Vaccination in the Punjab 1897-1904 - 1897-1904
Year: 1897
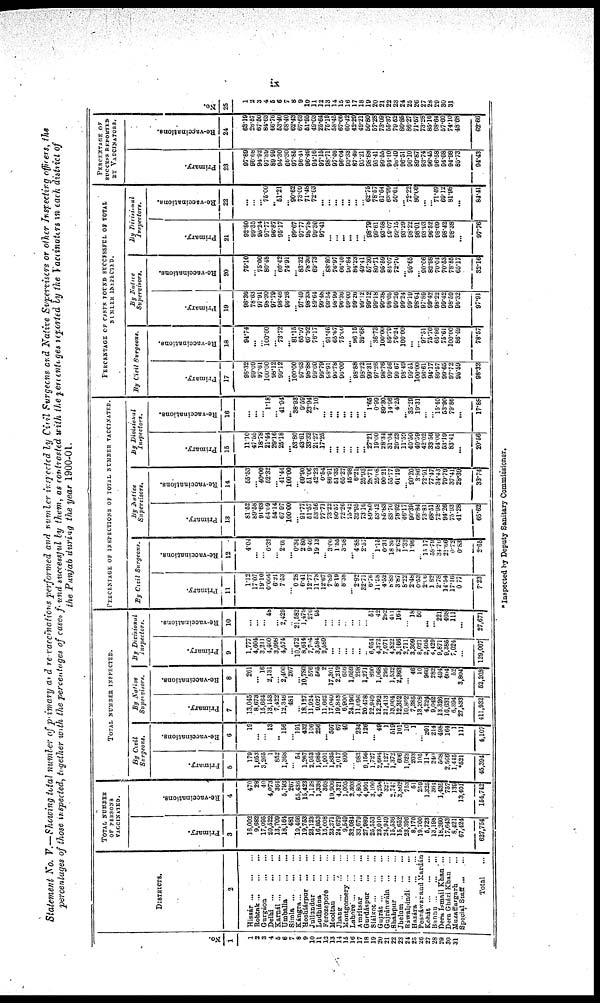
ix
Statement No. V.—Showing total number of primary and re-vaccinations performed and number inspected by Civil Surgeons and Native Supervisors or other Inspecting officers, the
percentages of those inspected, together with the percentages of cases found successful by them, as contrasted with the percentages reported by the Vaccinators in each district of
the Punjab during the year 1900-01.
No.
1
1
2
3
4
5
6
7
8
9
10
11
12
13
14
15
16
17
18
19
20
21
22
23
24
25
26
27
28
29
30
31
DISTRICTS.
2
Hissár
...
...
...
Rohtak
...
...
...
Gurgáon ... ... ...
Delhi
...
...
...
Karnál
...
...
...
Umballa ... ... ...
Simla
...
...
...
Kángra ... ... ...
Hoshiárpur ... ... ...
Jullundur ... ... ...
Ludhiána ... ... ...
Ferozepore ... ... ...
Mooltan
...
...
...
Jhang ... ... ...
Montgomery ... ... ...
Lahore
...
...
...
Amritsar ... ... ...
Gurdáspur ... ... ...
Siálkot
...
...
...
Gujrát
...
...
...
Gujránwála ... ... ...
Shahpur ... ... ...
Jhelum
...
...
...
Rawalpindi ... ... ...
Hazára ... ... ...
Pesháwar and Mardán
Kohát
...
...
...
Bannu
...
...
...
Dera Ismail Khan ...
Dera Gházi Khan
...
Muzaffargarh ... ...
Special Staff ... ...
Total ...
TOTAL NUMBER
OF PERSONS
VACCINATED.
Primary.
3
16,002
9,682
17,095
20,522
13,709
18,164
481
19,466
19,753
28,123
16,853
15,008
23,271
24,629
9,549
32,084
33,679
27,989
25,553
23,010
24,949
15,536
15,652
23,396
8,170
19,760
5,723
13,198
18,260
17,643
8,421
67,424
627,754
Re-vaccinations.
4
470
28
40
4,073
364
5,793
267
55,436
15,423
1,128
1,338
368
19,906
4,321
1,005
2,303
4,800
4,901
3,100
4,258
327
2,747
3,862
753
51
259
1,325
364
1,435
757
139
13,401
154,742
TOTAL NUMBER INSPECTED.
By Civil
Surgeons.
Primary.
5
179
1,653
3,265
1
852
1,368
... 54
1,267
2,953
1,985
1,901
1,835
2,017
800
... 983
9,156
1,727
2,664
1,127
1,372
606
1,923
203
105
118
240
508
2,566
1,445
*521
45,394
Re-vaccinations.
6
19
...
... 13
... 156
... 191
432
106
256
... 597
67
40
... 234
126
... 49
1
519
101
10
11
... 201
214
498
164
1
111
4,107
By Native
Supervisors.
Primary.
7
13,045
8,673
15,664
13,153
7,422
12,346
481
... 18,127
11,924
9,027
11,662
17,040
19,843
6,900
24,196
11,096
20,478
22,949
12,292
21,413
13,004
12,352
10,802
7,385
13,208
4,224
9,042
13,326
16,631
6,394
27,833
411,932
Re-vaccinations.
8
261
...
16
2,131
... 2,400
267
... 10,780
576
565
2
17,301
2,219
656
1,059
298
1,271
890
1,068
295
1,532
2,363
... 46
10
966
282
494
604
52
3,804
52,208
By Divisional
Inspectors.
Primary.
9
1,777
4,604
3,211
4,400
3,998
4,574
... 10,472
8,614
7,704
3,584
2,589
...
...
...
... ...
... 6,954
4,372
7,071
4,822
3,166
2,711
3,309
8,021
2,405
4,429
9,871
9,385
7,024
...
129,067
Re-vaccinations.
10
...
...
... 48
... 2,429
... 21,582
l,479
270
95
...
...
...
...
...
...
... 51
42
292
411
164
... 18
50
...
... 221
408
111
...
27,671
PERCENTAGE OF INSPECTIONS OF TOTAL NUMBER VACCINATED.
By Civil Surgeons.
Primary.
11
1.12
17.07
19.10
0.004
6.21
7.53
... 0.28
6.41
12.77
11.78
12.67
7.89
8.19
8.38
... 2.92
32.71
6.70
11.58
4.52
8.83
3.87
8.22
2.48
0.53
2.06
1.82
2.78
14.54
17.16
0.77
7.23
Re-vaccinations.
12
4.04
...
... 0.32
... 2.69
...
0.34
2.80
9.40
19.13
... 3.00
1.55
3.98
... 4.88
2.57
... l.l5
0.31
18.89
2.62
1.33
1.96
... 15.17
58.79
34.70
21.66
0.72
0.83
2.65
By Native
Supervisors.
Primary.
13
81.52
89.58
91.63
64.09
54.14
67.97
100.00
... 91.77
51.57
53.56
77.71
73.22
80.57
72.26
75.42
32.95
73.16
89.80
53.42
85.83
83.70
78.92
46.17
90.39
66.84
73.81
68.51
72.98
94.26
75.93
41.28
65.62
Re-vaccinations.
14
55.53
... 40.00
52.32
... 41.44
100.00
... 69.90
51.06
42.23
0.54
86.91
51.35
65.27
45.98
6.21
25.93
28.71
25.08
90.21
55.77
61.19
... 90.20
3.86
72.91
77.47
34.43
79.79
37.41
28.39
33.74
By Divisional
Inspectors.
Primary.
15
11.10
47.55
18.78
21.44
29.16
25.18
... 53.80
43.61
33.32
21.27
17.25
...
...
...
... ...
... 27.21
19.00
28.34
31.04
20.23
11.59
40.50
40.59
42.02
33.56
54.06
53.19
83.41
...
20.56
Re-vaccinations.
16
...
... ... 1.18
... 41.94
... 38.93
9.59
23.94
7.10
...
...
...
...
...
...
... 1.65
0.99
89.30
14.96
4.25
...
35.29
19.31
...
... 15.40
53.90
79.86
...
17.88
PERCENTAGE OF CASES FOUND SUCCESSFUL OF TOTAL
NUMBER INSPECTED.
By Civil Surgeons.
Primary.
17
98.32
99.09
97.61
100.00
98.12
99.12
... 100.00
97.63
98.88
99.60
99.79
98.91
96.78
96.00
... 98.88
98.22
99.31
97.26
98.76
99.56
99.67
98.49
99.51
100.00
96.61
94.17
89.57
99.65
97.72
95.59
98.32
Re-vaccinations.
18
94.74
...
... 100.00
... 73.72
... 81.15
65.97
67.92
76.17
... 91.46
65.67
75.00
... 96.15
39.68
... 36.73
100.00
80.79
76.24
100.00
...
... 97.51
75.70
65.86
75.61
100.00
86.49
78.57
By Native
Supervisors.
Primary.
19
98.36
78.63
97.91
98.30
97.79
96.46
96.26
... 97.49
98.38
89.64
99.48
99.54
98.99
96.36
99.00
99.26
99.12
99.12
99.18
99.38
98.05
99.26
99.24
99.19
98.64
97.89
99.42
98.22
99.42
98.59
96.32
97.91
Re-vaccinations.
20
75.10
... 75.00
80.48
... 60.42
74.91
... 83.32
78.30
69.73
... 88.80
76.97
66.46
90.84
84.23
49.41
57.30
80.71
95.59
84.07
72.70
... 95.65
... 90.06
82.98
70.04
70.53
78.85
65.17
32.16
By Divisional
Inspectors.
Primary.
21
92.80
99.35
95.24
97.77
96.87
95.17
... 99.67
97.77
98.78
99.30
97.41
...
... ...
...
...
... 98.79
99.61
93.58
99.07
99.15
93.29
98.22
98.01
93.93
96.52
98.69
98.42
98.38
...
97.76
Re-vaccinations.
22
...
...
... 75.00
... 51.21
... 90.62
73.09
71.48
72.63
...
...
...
...
...
...
... 62.75
78.57
61.64
63.99
50.61
... 72.22
80.00
... ... 71.49
69.12
81.98
...
84.41
PERCENTAGE OF
SUCCESS REPORTED
BY VACCINATORS.
Primary.
23
97.89
96.68
94.92
97.89
89.99
94.30
66.30
97.85
96.41
96.46
94.16
97.15
98.71
97.46
96.04
93.33
87.49
95.21
98.88
95.41
99.55
94.10
98.49
96.51
96.10
89.87
93.74
96.45
96.58
94.68
94.98
85.73
94.43
Re-vaccinations.
24
63.19
28.57
67.50
84.63
66.76
63.40
68.40
62.43
67.63
51.95
49.03
25.64
75.19
58.45
67.06
60.42
42.29
49.21
50.80
57.28
73.09
55.37
79.52
80.85
86.27
71.57
73.28
85.16
68.64
67.60
74.10
48.68
62.66
25
1
2
3
4
5
6
7
8
9
10
11
12
13
14
15
16
17
18
19
20
21
22
23
24
25
26
27
28
29
30
31
*Inspected by Deputy Sanitary Commissioner.